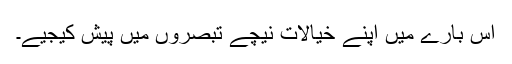
اس بارے میں اپنے خیالات نیچے تبصروں میں پیش کیجیے۔